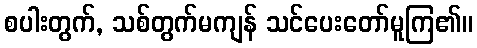
စပါးတွက်, သစ်တွက်မကျန် သင်ပေးတော်မူကြ၏။